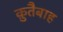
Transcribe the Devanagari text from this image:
क़ुतैबाह